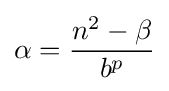
\alpha ={\frac {n^{2}-\beta }{b^{p}}}